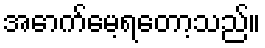
အောက်မေ့ရတော့သည်။